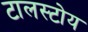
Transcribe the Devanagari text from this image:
टालस्टोय